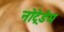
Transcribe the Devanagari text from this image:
नोट्रेडेम